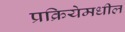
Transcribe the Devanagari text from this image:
प्रक्रियेमधील